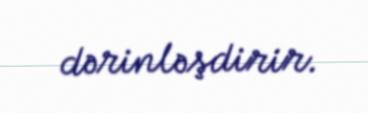
dərinləşdirir.